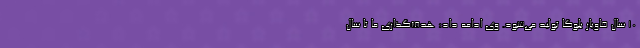
۱۰ سال خاویار بلوگا تولید می‌شود. وی ادامه داد: هدف‌گذاری ما تا سال